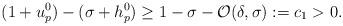
LaTeX: \begin{align*} (1+u_p^0)-(\sigma+h_p^0)\geq 1-\sigma-\mathcal{O}(\delta,\sigma):=c_1>0.\end{align*}